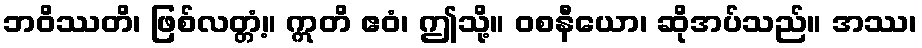
ဘဝိဿတိ၊ ဖြစ်လတ္တံ့။ ဣတိ ဧဝံ၊ ဤသို့။ ဝစနီယော၊ ဆိုအပ်သည်။ အဿ၊